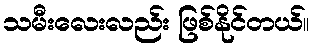
သမီးလေးလည်း ဖြစ်နိုင်တယ်။